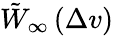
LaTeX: \tilde{W}_{\infty}\left(\Delta v\right)